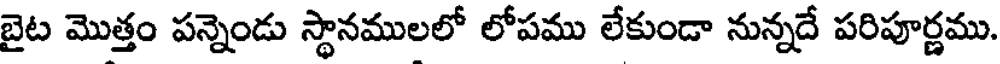
బైట మొత్తం పన్నెండు స్థానములలో లోపము లేకుండా నున్నదే పరిపూర్ణము.